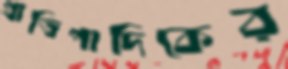
প্রাতিপাদিকের